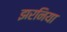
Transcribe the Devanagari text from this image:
झरनिया